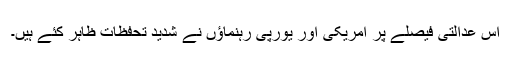
اس عدالتی فیصلے پر امریکی اور یورپی رہنماؤں نے شدید تحفظات ظاہر کئے ہیں۔